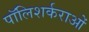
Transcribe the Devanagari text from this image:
पॉलिशर्कराओं